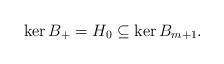
LaTeX: \begin{align*} \ker B_+ =H_0\subseteq \ker B_{m+1}.\end{align*}